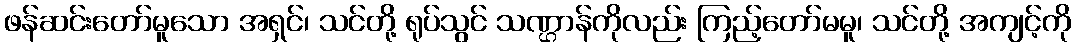
ဖန်ဆင်းတော်မူသော အရှင်၊ သင်တို့ ရုပ်သွင် သဏ္ဌာန်ကိုလည်း ကြည့်တော်မမူ၊ သင်တို့ အကျင့်ကို